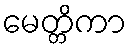
မေတ္တိကာ